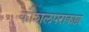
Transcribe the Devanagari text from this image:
कौशलपराकष्ठा